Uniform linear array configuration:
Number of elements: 8
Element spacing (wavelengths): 0.5
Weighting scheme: exponential
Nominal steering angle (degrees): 0
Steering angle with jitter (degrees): -1.137
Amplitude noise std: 0.05
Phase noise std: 0.05

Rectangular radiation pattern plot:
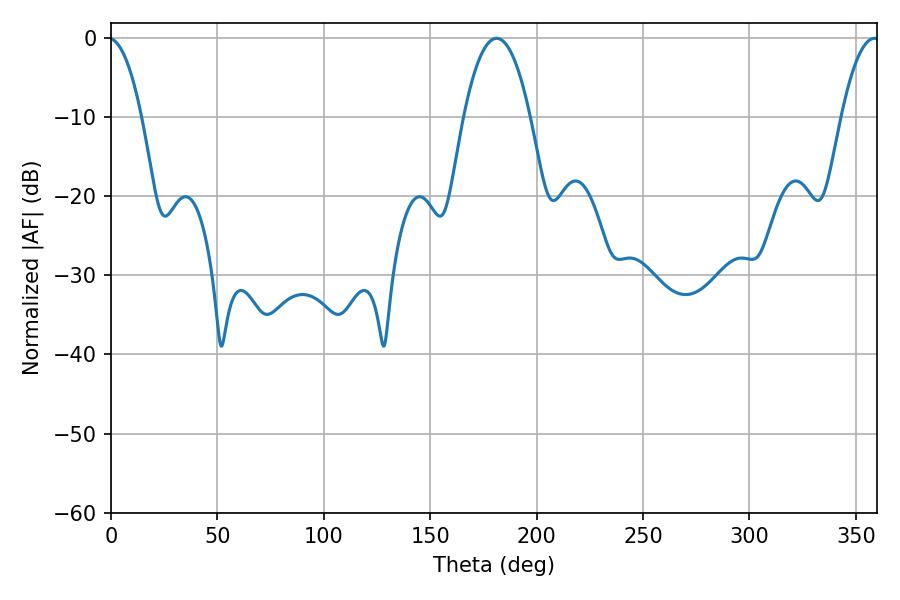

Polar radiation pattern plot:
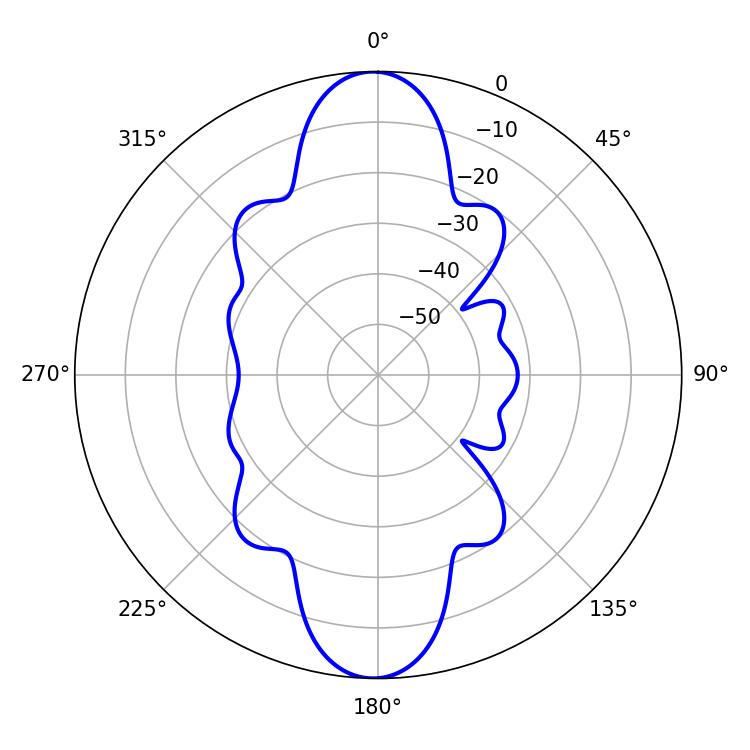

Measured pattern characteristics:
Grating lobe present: FALSE
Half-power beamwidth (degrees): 17.28
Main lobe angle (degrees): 181.26